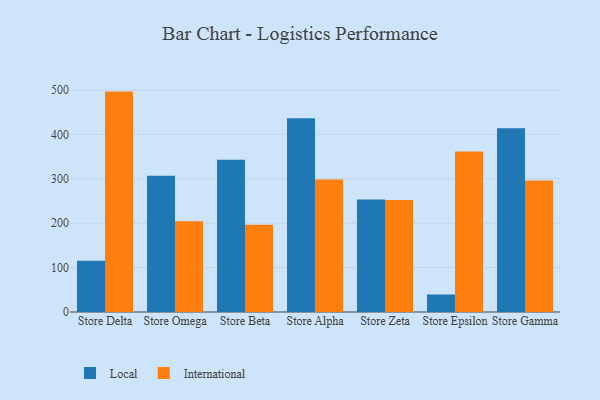
{"axis": {"x": "Store", "y": "Page Views"}, "legend": ["International", "Local"], "data": [{"x": "Store Delta", "y": 115.3, "type": "Local"}, {"x": "Store Delta", "y": 496.2, "type": "International"}, {"x": "Store Omega", "y": 306.6, "type": "Local"}, {"x": "Store Omega", "y": 204.2, "type": "International"}, {"x": "Store Beta", "y": 342.7, "type": "Local"}, {"x": "Store Beta", "y": 196.5, "type": "International"}, {"x": "Store Alpha", "y": 436.4, "type": "Local"}, {"x": "Store Alpha", "y": 298.3, "type": "International"}, {"x": "Store Zeta", "y": 253.5, "type": "Local"}, {"x": "Store Zeta", "y": 252.1, "type": "International"}, {"x": "Store Epsilon", "y": 39.4, "type": "Local"}, {"x": "Store Epsilon", "y": 361.4, "type": "International"}, {"x": "Store Gamma", "y": 413.5, "type": "Local"}, {"x": "Store Gamma", "y": 296.1, "type": "International"}]}